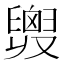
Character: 𦦒